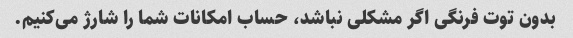
بدون توت فرنگی اگر مشکلی نباشد، حساب امکانات شما را شارژ می‌کنیم.